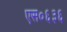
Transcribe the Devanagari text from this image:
एस०६३६